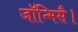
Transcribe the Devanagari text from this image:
जॉन्मिसै।